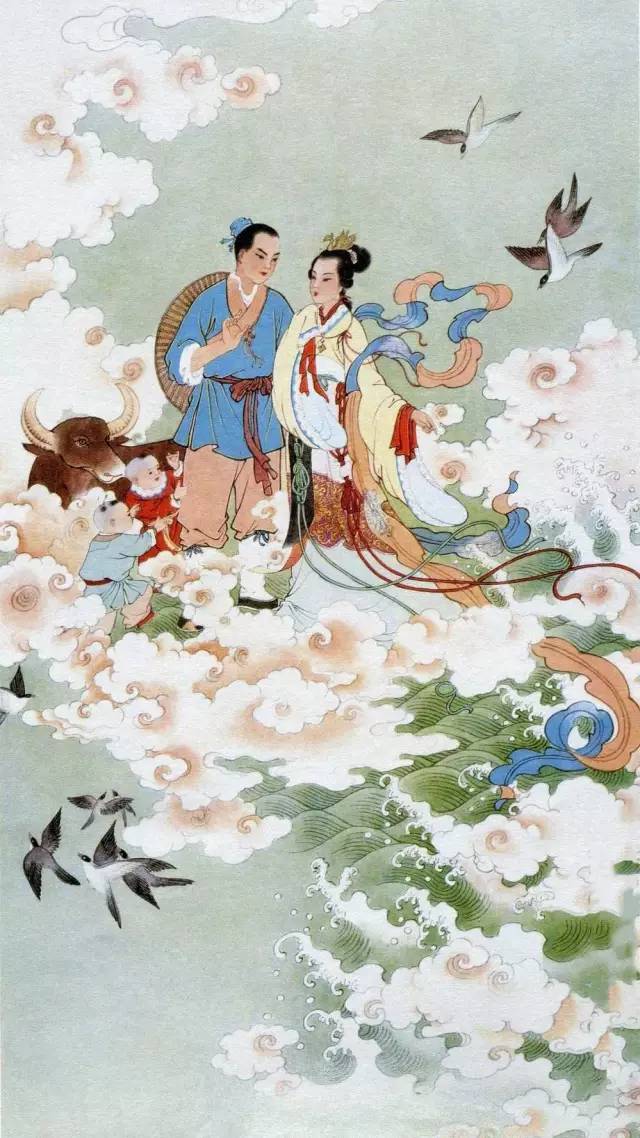
七夕今宵看碧霄，牵牛织女渡河桥。